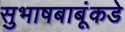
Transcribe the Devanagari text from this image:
सुभाषबाबूंकडे